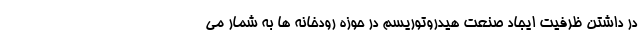
در داشتن ظرفیت ایجاد صنعت هیدروتوریسم در حوزه رودخانه ها به شمار می